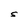
Character: S